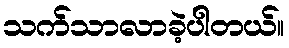
သက်သာလာခဲ့ပါတယ်။